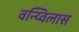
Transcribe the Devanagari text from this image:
वन्य्विलास